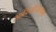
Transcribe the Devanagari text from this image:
साहित्येहितासनुमा